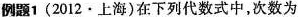
例题1 (2012·上海)在下列代数式中，次数为